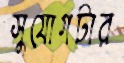
সুযোগটার